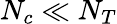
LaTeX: N_{c}\ll N_{T}